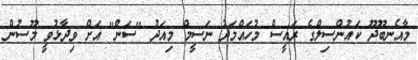
މާއެނބޫދޫ ކައުންސިލްގެ ރައީސް މުހައްމަދު ނަސީމް މިއަދު "ސަން" އަށް ވިދާޅުވީ މޫސުން